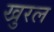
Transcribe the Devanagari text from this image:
खुरल